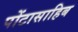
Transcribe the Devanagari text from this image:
पोंटासाहिब